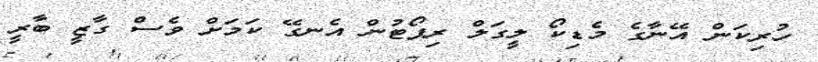
ހުރިކަން އޭނާގެ މެޑިކޯ ލީގަލް ރިޕޯޓުން އެނގޭ ކަމަށް ވެސް ގާޒީ ބާރީ